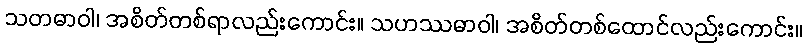
သတဓာဝါ၊ အစိတ်တစ်ရာလည်းကောင်း။ သဟဿဓာဝါ၊ အစိတ်တစ်ထောင်လည်းကောင်း။